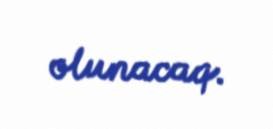
olunacaq.